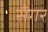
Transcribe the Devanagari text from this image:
सॅंगर